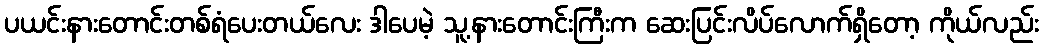
ပယင်းနားတောင်းတစ်ရံပေးတယ်လေး ဒါပေမဲ့ သူ့နားတောင်းကြီးက ဆေးပြင်းလိပ်လောက်ရှိတော့ ကိုယ်လည်း